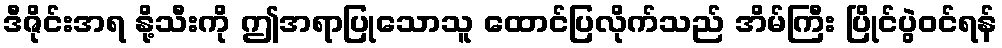
ဒီဇိုင်းအရ နို့သီးကို ဤအရာပြုသောသူ ထောင်ပြလိုက်သည် အိမ်ကြီး ပြိုင်ပွဲဝင်ရန်